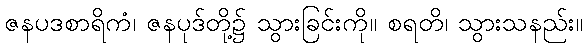
ဇနပဒစာရိကံ၊ ဇနပုဒ်တို့၌ သွားခြင်းကို။ စရတိ၊ သွားသနည်း။